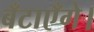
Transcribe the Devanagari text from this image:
बँटाएँगे।